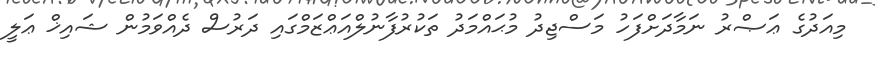
މިއަދުގެ ޢަޞްރު ނަމާދަށްފަހު މަސްޖިދު މުޙައްމަދު ތަކުރުފާނުލްއަޢްޒަމްގައި ދަރުސް ދެއްވަމުން ޝައިޚް ޢަލީ